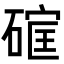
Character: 𮀳